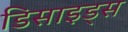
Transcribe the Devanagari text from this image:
डिसाइड्स